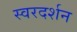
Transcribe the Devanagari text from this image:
स्वरदर्शन